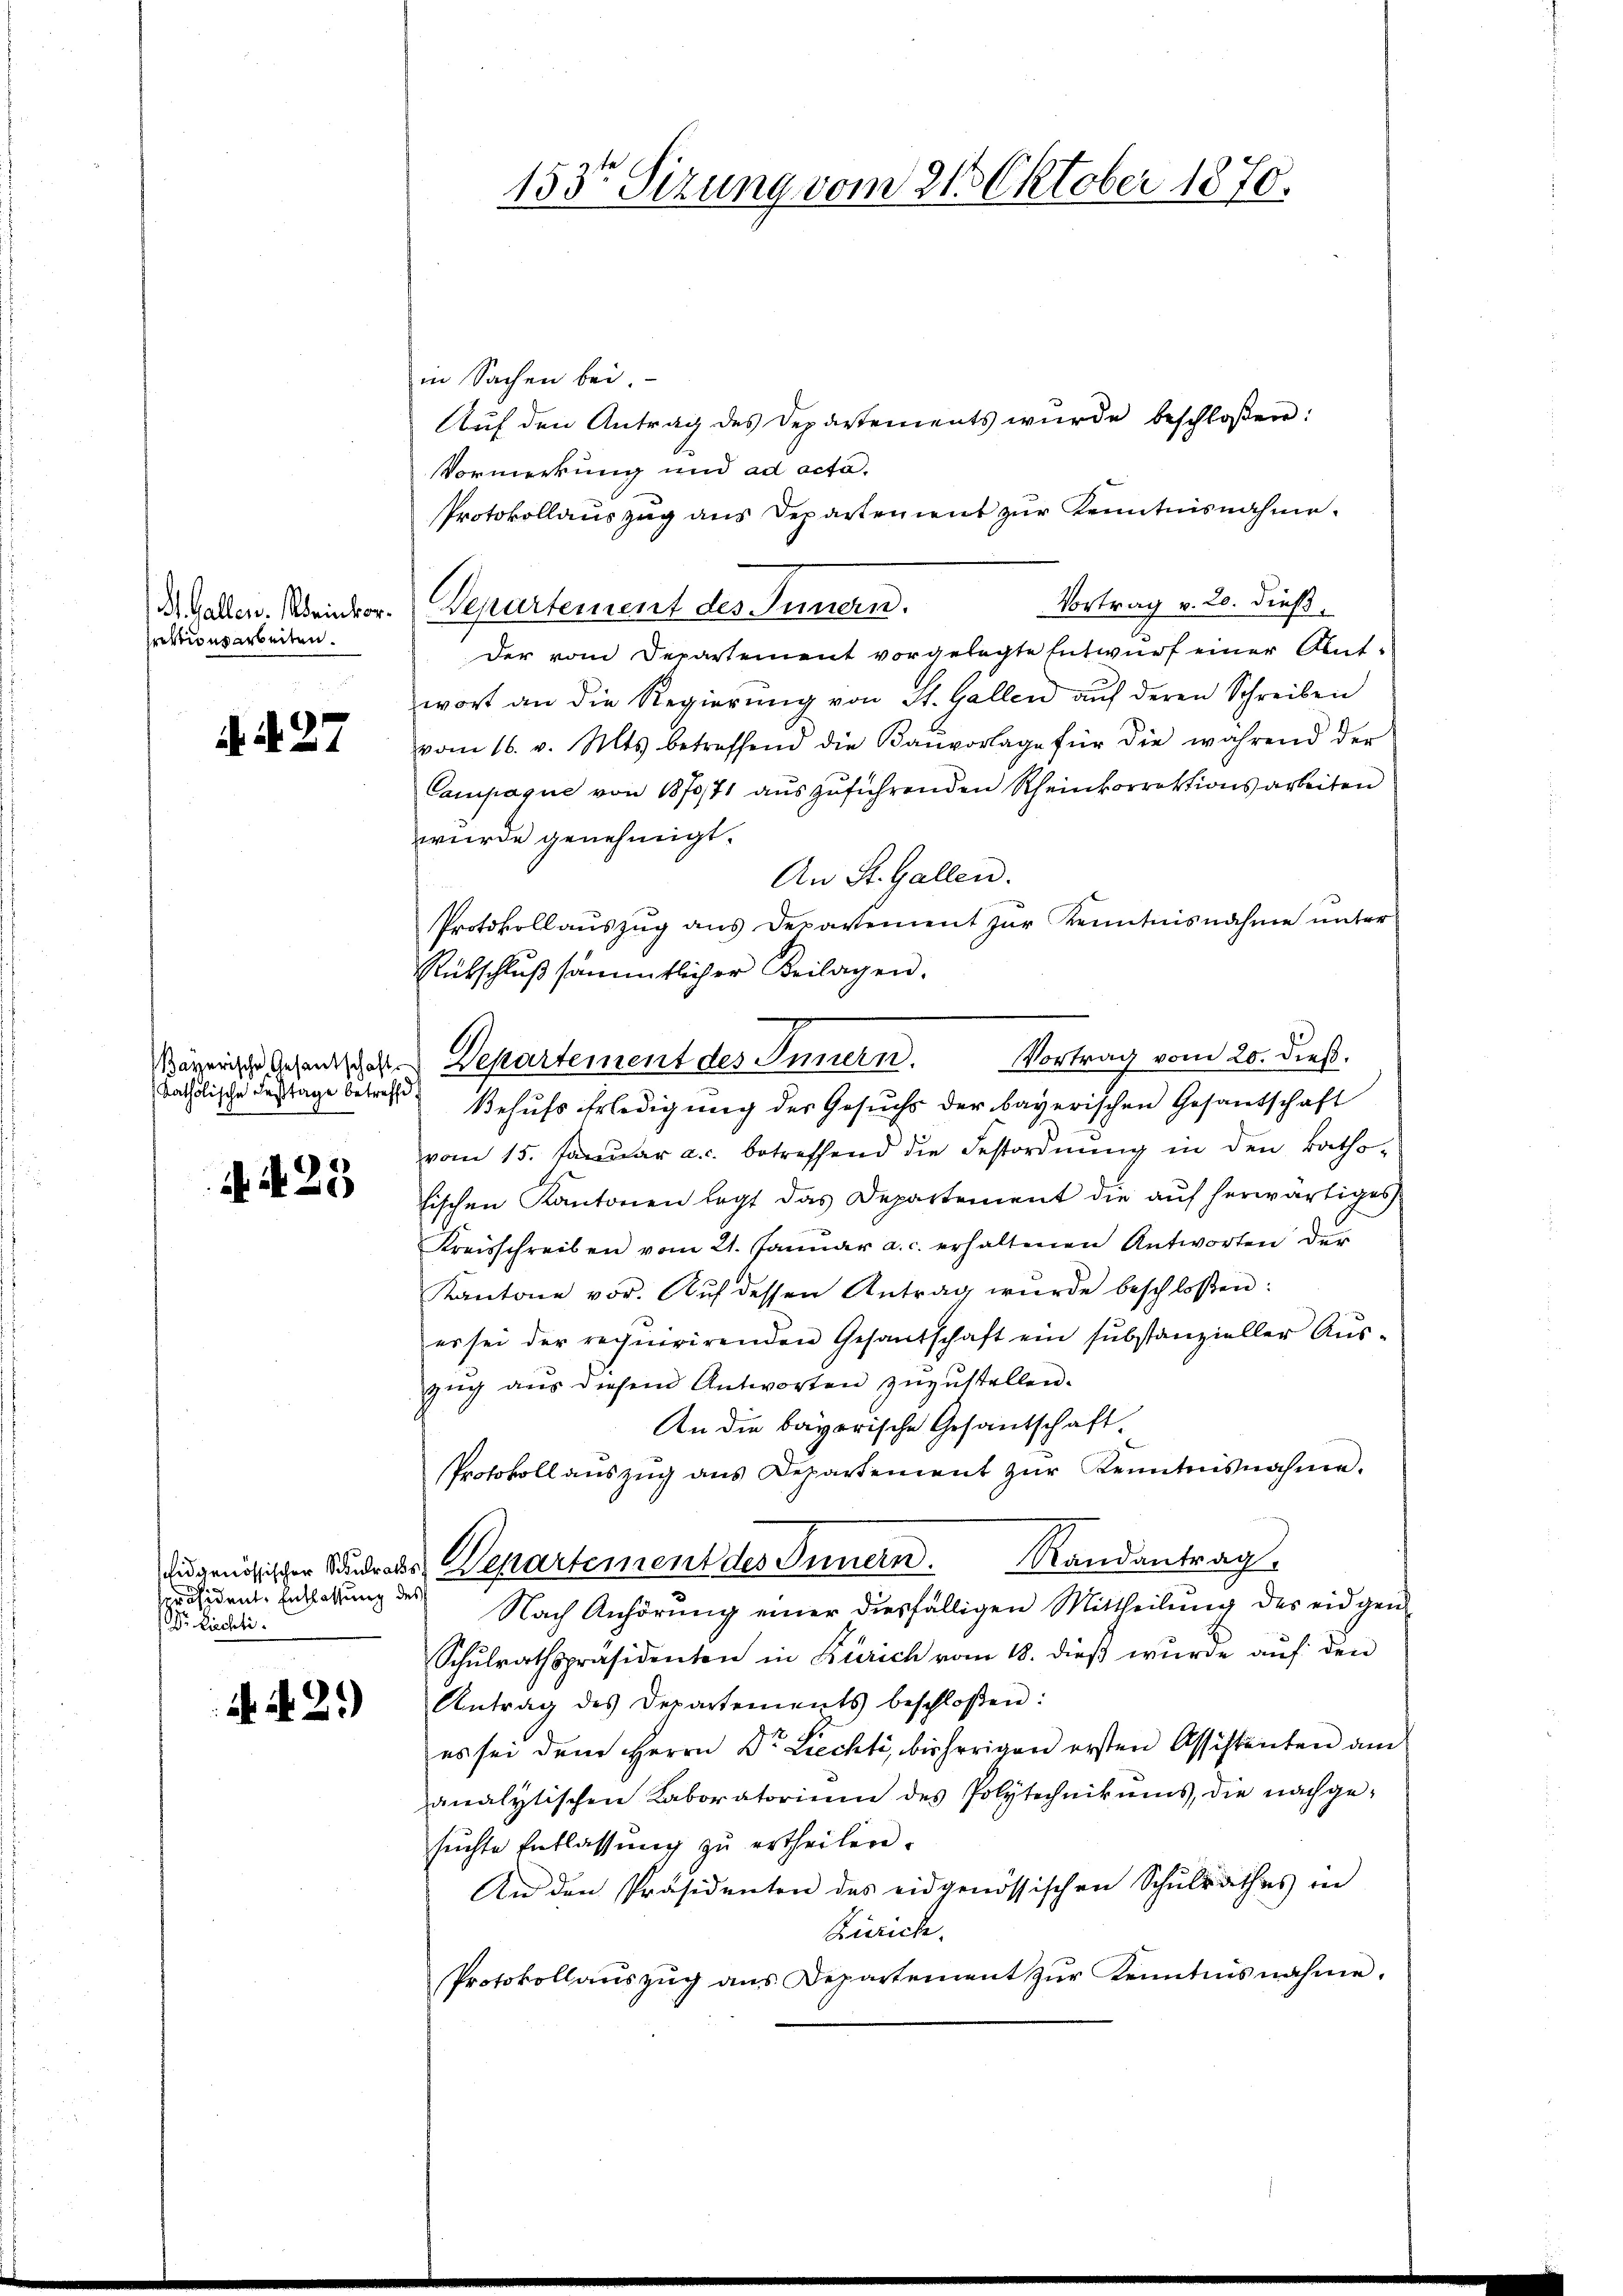
H. Gallen. Weinkor
rektionsarbeiten.

d. d. 27

Bayerische Gesandschafts
katholische Festtage betreffe

N. N. 25

seresidente Entlassung des
Dr. Lichti

4429)

in Sachen bei.
Auf den Antrag des Departements wurde beschloßen:
Vormerkung und ad acta.
Protokollauszug aus Departement zŭr Kenntnisnahme.
Vortrag v. 20. dieß.
Departement des Innern.
Der vom Departement vorgelegte Entwurf einer Antwort an die Regierung von St. Gallen auf deren Schreiben
vom 16. v. Mts. betreffend die Baŭvorlage für die während der
Campaque von 1870/71 aŭszŭführenden Rheinkorrektionsarbeiten
wurde genehmigt.
An St. Gallen.
Protokollaŭszŭg ans Departement zŭr Kenntnisnahme ŭnter
Rütschlŭβ sämmtlicher Beilagen.
Behufs Erledigung des Gesuchs der bayerischen Gesamtschaft
vom 15. Januar a.c. betreffend die Festordnung in den kathohischen Kantonen legt das Departement die aŭf herwärtiges
Kreisschreiben vom 21. Janŭar a. c. erhaltenen Antworten der
Kantone vor. Aŭf dessen Antrag wurde beschloßen:
es sei der rechnirirenden Gesantschaft ein substanzieller Aŭs-
zŭg aŭs diesem Antworten zŭzŭstellen.
An die bayerische Gesandschaft.
Protokoll aŭszŭg ans Departement zŭr Kenntnisnahme.
didgenößischen Kindrats Departement des Innern. Randantrag,
Nach Anhörung einer diesfälligen Mittheilung des eidgen
Schulrathspräsidenten in Zürich vom 18. dieß wurde auf den
Antrag des Departements beschloßen:
es sei dem Herrn Dr. Liechti, bisherigen ersten Assistenten am
analytischen Kaboratorium des Polytechnikums, die nachgesŭchte Entlassŭng zŭ ertheilen.
An den Präsidenten des eidgenössischen Schulrathes in
Zürich.
Protokollaŭszŭg ans Departement zŭr Kenntnisnahme.

Departement des Innern. Vortrag vom 20. dieß.

153te Sizung vom 21. Oktober 1870.